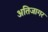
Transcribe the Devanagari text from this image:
अतिजागर